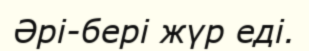
Әрі-бері жүр еді.